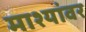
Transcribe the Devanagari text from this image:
माश्यांवर